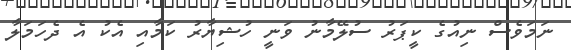
ނަމަވެސް ނިއުގެ ކީޕަރު ސުލޭމާނު ވަނީ ހުޝިޔާރު ކަމާއި އެކު އެ ދެހަމަލާ